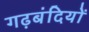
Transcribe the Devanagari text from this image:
गढ़बंदियों